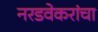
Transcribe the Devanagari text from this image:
नरडवेकरांचा